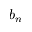
b _ { n }